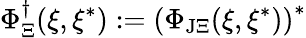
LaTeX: \Phi_{\Xi}^{\dagger}(\xi,\xi^{*}):=\left(\Phi_{\mathrm{J}\Xi}(\xi,\xi^{*})\right)^{*}